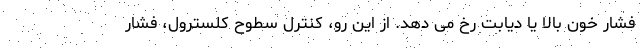
فشار خون بالا یا دیابت رخ می دهد. از این رو، کنترل سطوح کلسترول، فشار